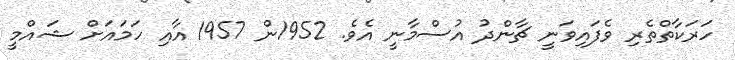
ހަރަކާތްތެރި ވެފައިވަނީ ޗާންދު އުސްމާނީ އެވެ. 1952ން 1957 އާއި ހަމައަށް ޝައްމީ